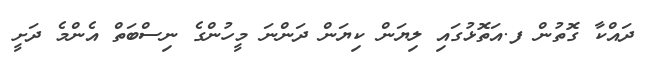
ދައްކާ ގޮތުން ފ.އަތޮޅުގައި ލިޔަން ކިޔަން ދަންނަ މީހުންގެ ނިސްބަތް އެންމެ ދަށީ